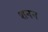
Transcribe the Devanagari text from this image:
शनन